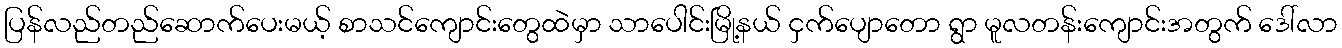
ပြန်လည်တည်ဆောက်ပေးမယ့် စာသင်ကျောင်းတွေထဲမှာ သာပေါင်းမြို့နယ် ငှက်ပျောတော ရွာ မူလတန်းကျောင်းအတွက် ဒေါ်လာ